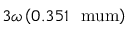
3 \omega \left( 0 . 3 5 1 \ \mathrm { \ m u m } \right)